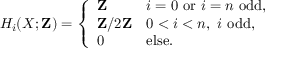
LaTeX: H _ { i } ( X ; \mathbf { Z } ) = { \left\{ \begin{array} { l l } { \mathbf { Z } } & { i = 0 { \mathrm { ~ o r ~ } } i = n { \mathrm { ~ o d d , } } } \\ { \mathbf { Z } / 2 \mathbf { Z } } & { 0 < i < n , \ i \ { \mathrm { o d d , } } } \\ { 0 } & { { \mathrm { e l s e . } } } \end{array} \right. }